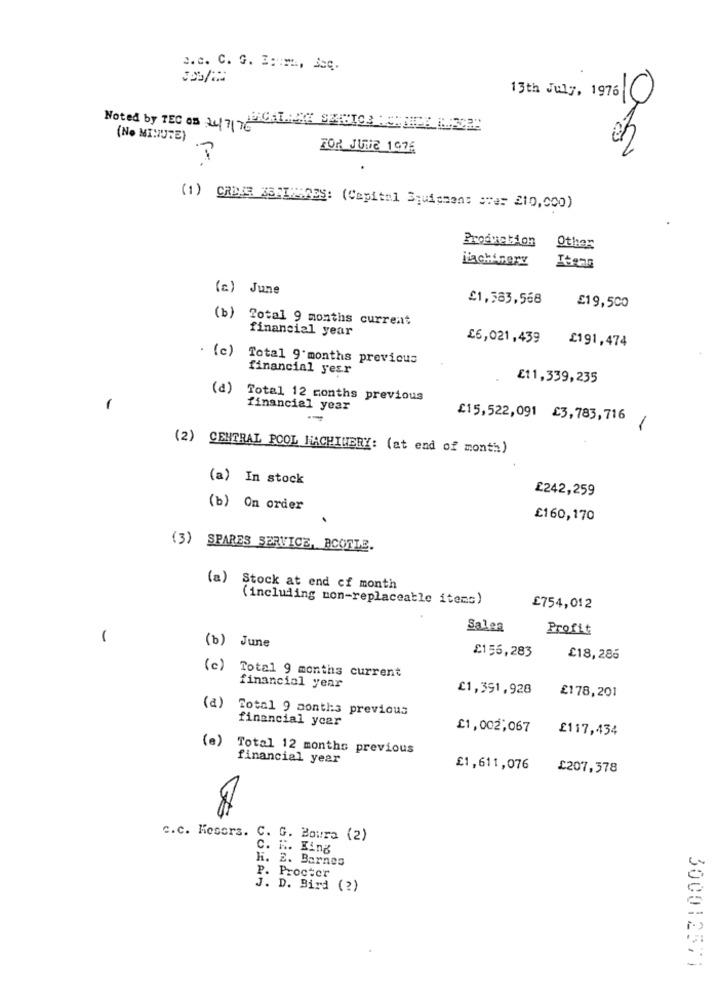
2.c. C. G. E. m ., Jec.
13th July, 1976C
Noted by TEC as 2477CALCE SECI03 : CHIPE 8:3227
(No MINUTE)
FOR JUNE 1976
(1) CREES 25FIXA739: (Capital Squissens over 210,000)
Production Other
Machinery
Items
(a) June
£1,583,568
£19,500
(b) Total 9 months current
financial year
£6,021,439
£191,474
. (c)
Total 9 months previous
financial year
£11,339,235
(a)
Total 12 months previous
-
financial year
-
£15,522,091 £3,783, 716
1
(2) CENTRAL POOL HACHIMERY: (at end of month)
(a) In stock
£242,259
(b) On order
£160,170
(3) SPARES SERVICE, BCOTLE.
(a) Stock at end cf month
(including non-replaceable items)
£754,012
Salen
Profit
1
(b) June
£156,283
£18,286
(c) Total 9 months current
financial year
£1,391,928
£178,201
(a)
Total 9 months previous
financial year
£1,002,067
£117,434
(e) Total 12 months previous
financial year
£1,611,076
£207,578
c.c. Kesers. C. G. Boura (2)
C. H. King
H. 2. Barnes
P. Procter
J. D. Bird (2)
300012571